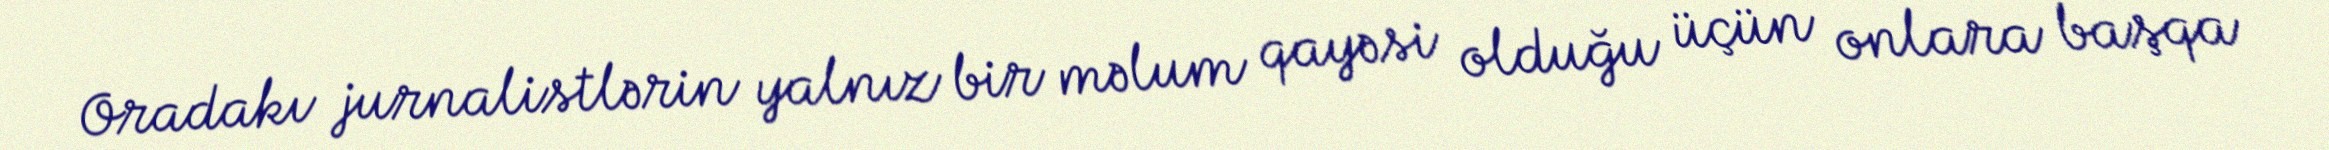
Oradakı jurnalistlərin yalnız bir məlum qayəsi olduğu üçün onlara başqa